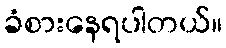
ခံစားနေရပါတယ်။